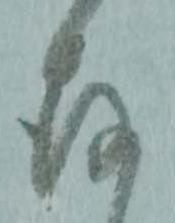
存